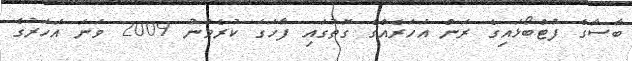
ބާސާގެ ފުޓްބޯޅައިގެ ރަން އަހަރެއްގެ ގޮތުގައި ފާހަގަ ކުރެވުނު 2009 ވަނަ އަހަރުގެ